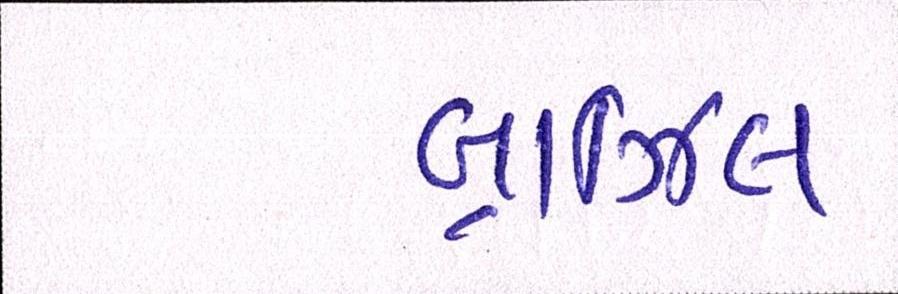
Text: બ્રાઝિલ